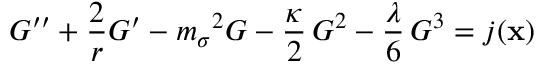
G ^ { \prime \prime } + { \frac { 2 } { r } } G ^ { \prime } - { m _ { \sigma } } ^ { 2 } G - { \frac { \kappa } { 2 } } \, { G ^ { 2 } } - { \frac { \lambda } { 6 } } \, { G ^ { 3 } } = j ( { \bf x } )